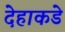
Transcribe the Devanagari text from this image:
देहाकडे